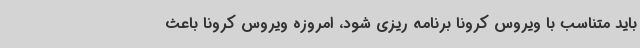
باید متناسب با ویروس کرونا برنامه ریزی شود، امروزه ویروس کرونا باعث